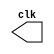
module clock(clk);
	output reg clk;
	initial begin
		clk = 0;
	end
	
	always begin
		#50 clk = ~clk;
	end
endmodule